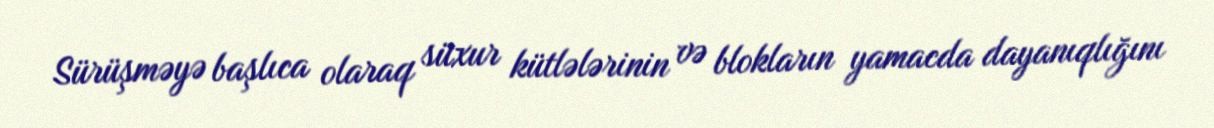
Sürüşməyə başlıca olaraq süxur kütlələrinin və blokların yamacda dayanıqlığını